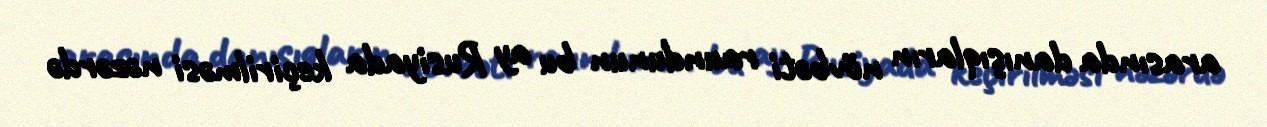
arasında danışıqların növbəti raundunun bu ay Rusiyada keçirilməsi nəzərdə